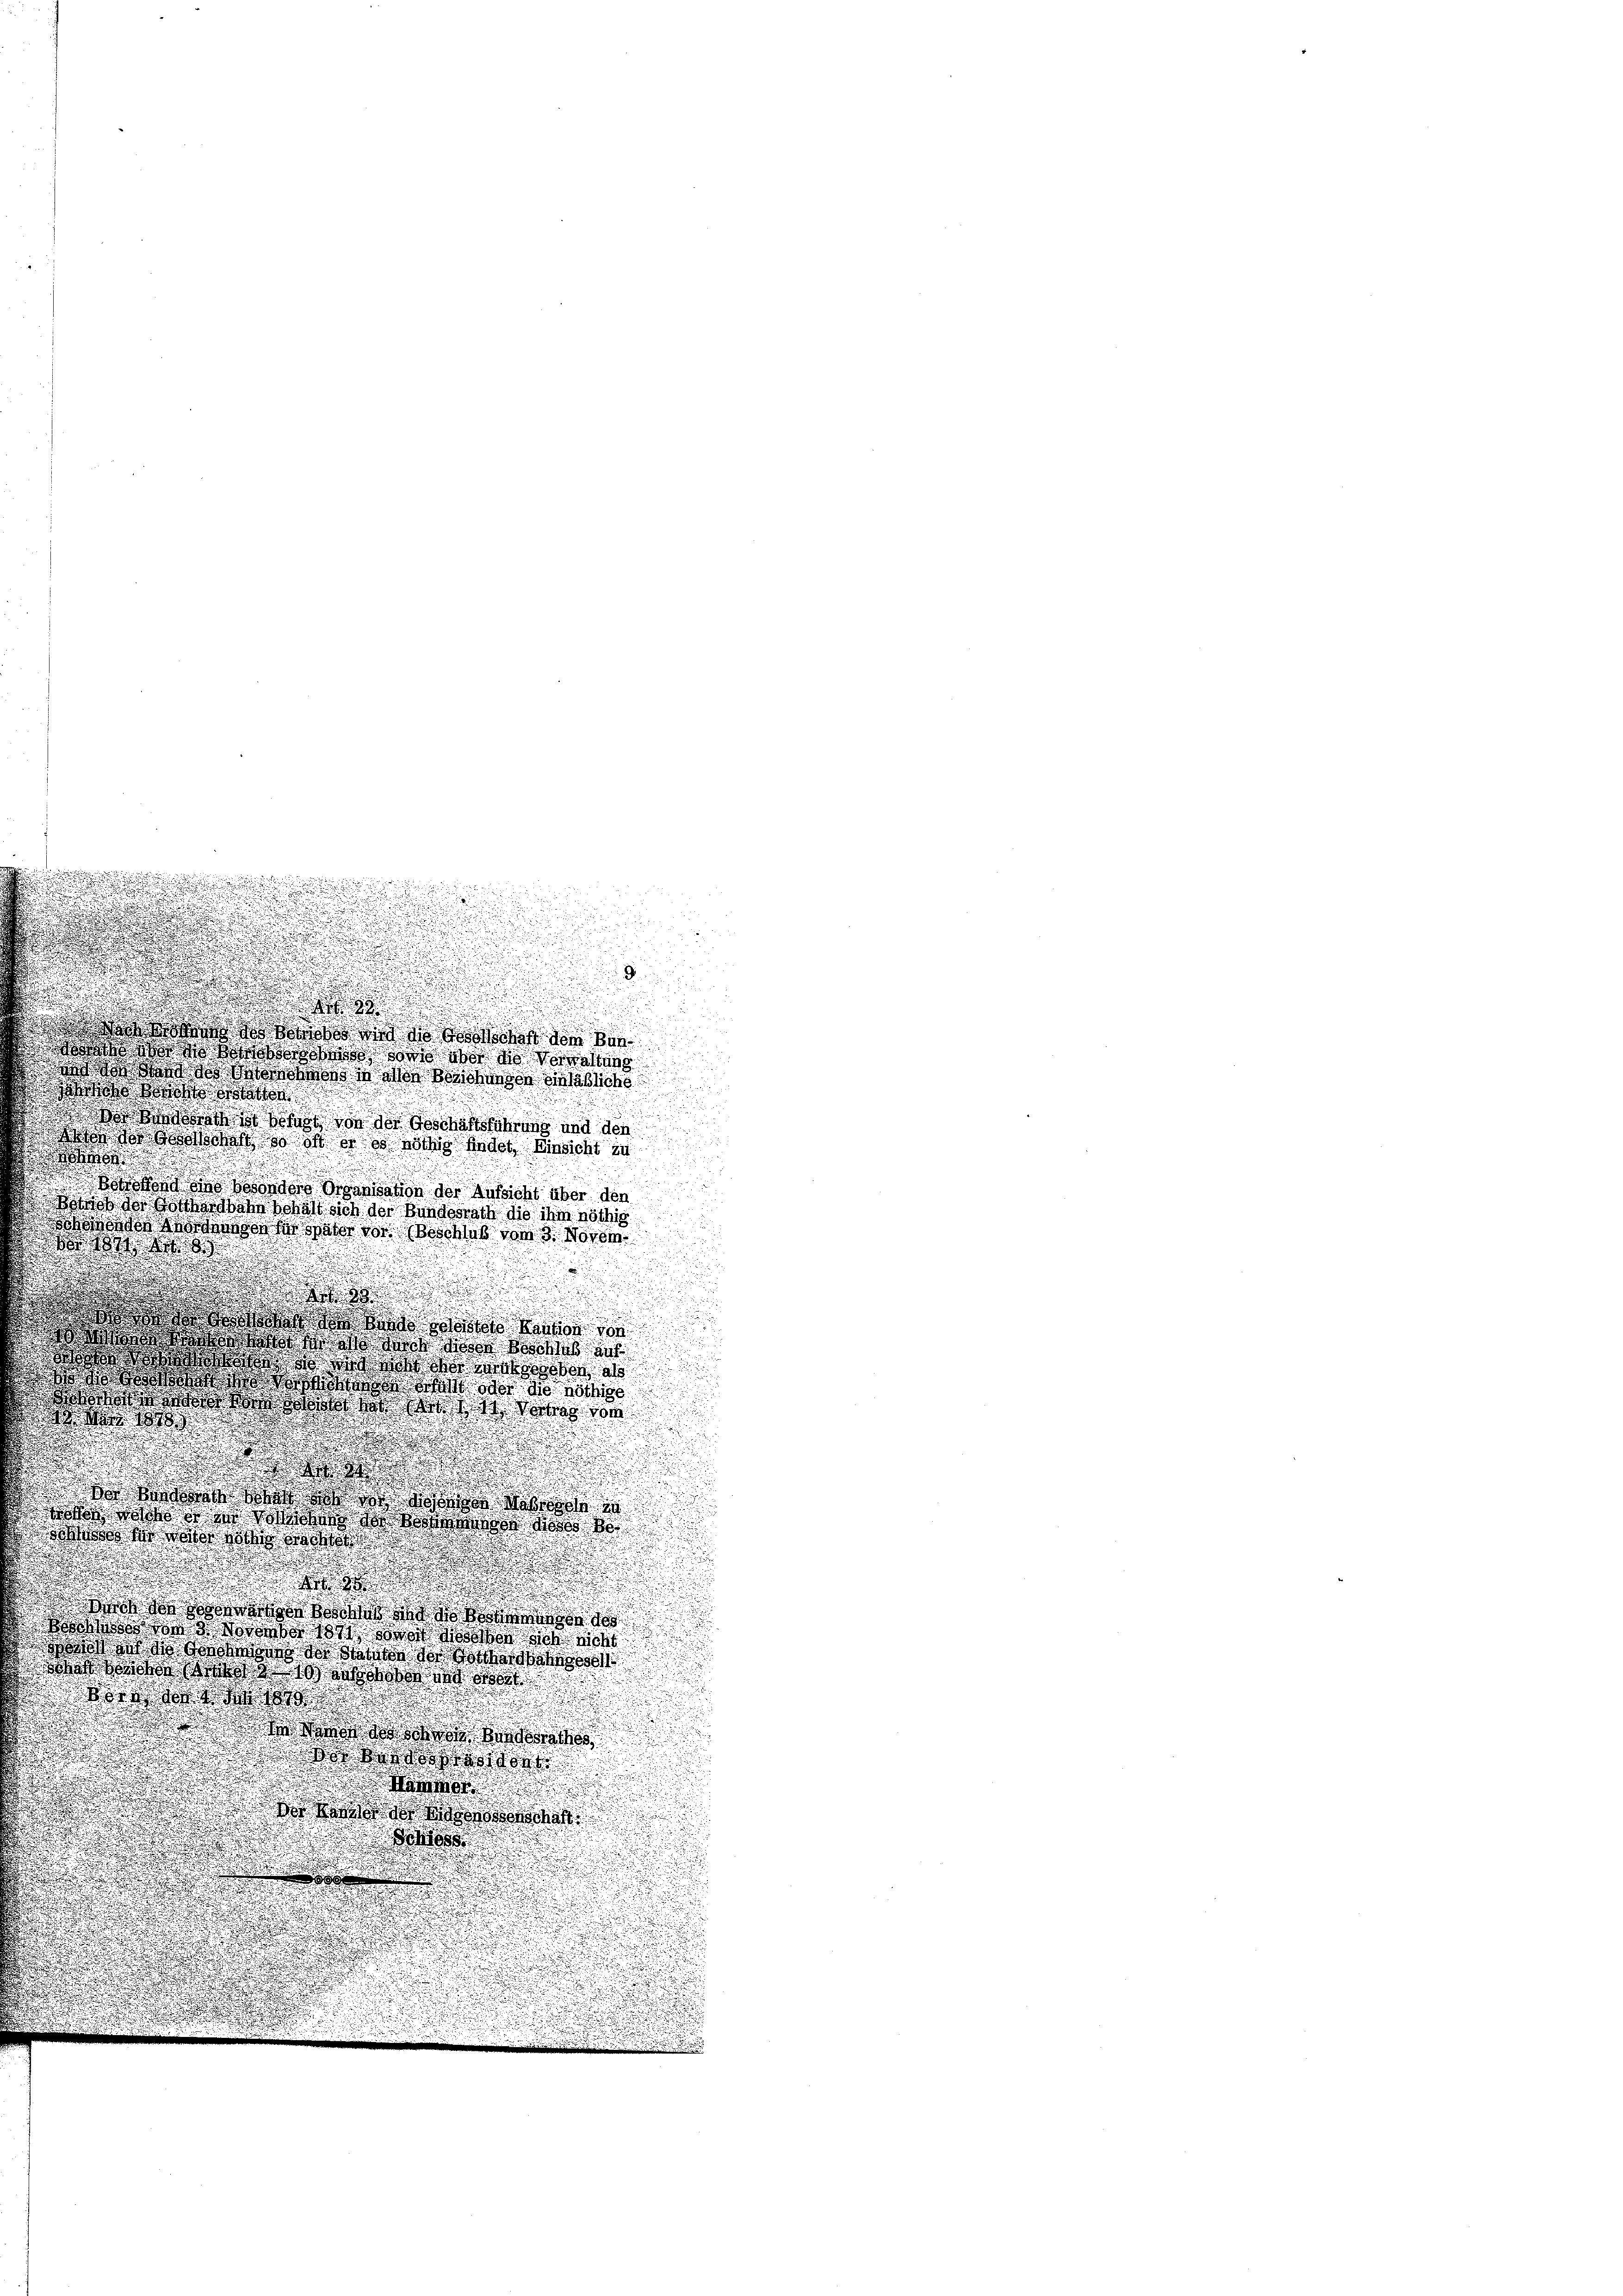
.

¬

.

.
w   die dort von der

wond da dete Behander übliche

   vor der Geschäftsführung und den
n der war das so ist er es nöthig hinder Einsicht in

  die Besonder Organisation der Aufsicht über den
 der Wocher den Schaft sich der Bundesrath die ihm nöthig
 an die stator von Beschlub vom 3. Novem

.

ote die kei
do doch so wird von Basel ist
dos der da der Hand es
sworte des an desse
ae, was des aber da das dor
 den

d

d

u
.

 es dort wie des Me
od noch so ist an der
 er den war die
.
d
.
.
e
.

e

d

h den 2. November 1891 der Man sich nicht
 kind da so das so werde
k, da wo ich so und wo
Wo da

 Wade der Be
dor den oder
a
do den der einen des
100

u

2